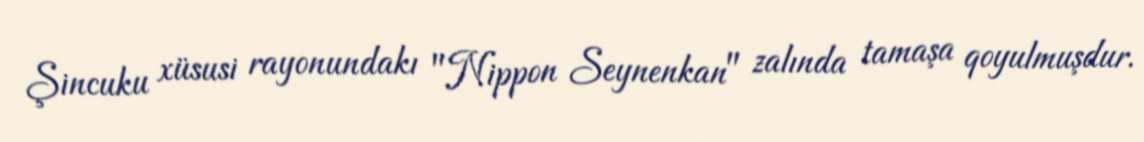
Şincuku xüsusi rayonundakı "Nippon Seynenkan" zalında tamaşa qoyulmuşdur.